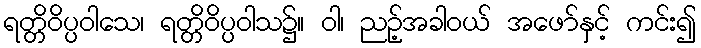
ရတ္တိဝိပ္ပဝါသေ၊ ရတ္တိဝိပ္ပဝါသ၌။ ဝါ၊ ညဉ့်အခါဝယ် အဖော်နှင့် ကင်း၍